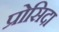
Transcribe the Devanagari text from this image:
प्रोसिदा